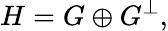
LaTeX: H=G\oplus G^{\perp},